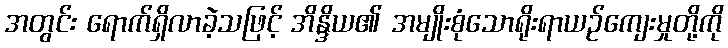
အတွင်း ရောက်ရှိလာခဲ့သဖြင့် အိန္ဒိယ၏ အမျိုးစုံသောရိုးရာယဉ်ကျေးမှုတို့ကို